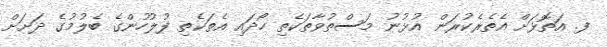
ފ. އަތޮޅަށް އެތެރެކުރަން އުޅުނު މަސްތުވާތަކެތި ހޯދައި އެތަކެތި ފުލުހުންގެ ބެލުމުގެ ދަށަށް